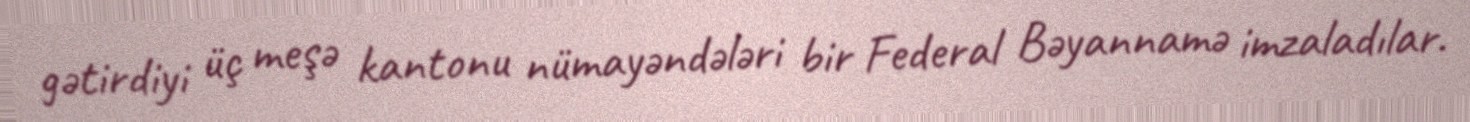
gətirdiyi üç meşə kantonu nümayəndələri bir Federal Bəyannamə imzaladılar.